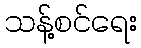
သန့်စင်ရေး